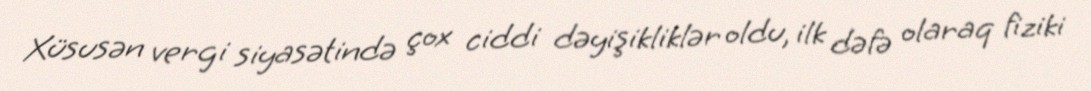
Xüsusən vergi siyasətində çox ciddi dəyişikliklər oldu, ilk dəfə olaraq fiziki